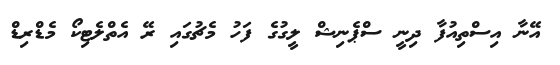
އޭނާ އިސްތިއުފާ ދިނީ ސްޕެނިޝް ލީގުގެ ފަހު މެޗުގައި ރޭ އެތްލެޓިކޯ މެޑްރިޑް